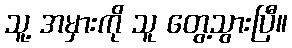
သူ့ အမှားကို သူ တွေ့သွားပြီ။